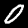
Label: 0